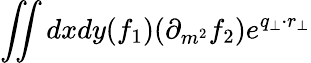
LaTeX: \iint dxdy(f_{1})(\partial_{m^{2}}f_{2})e^{q_{\perp}\cdot r_{\perp}}